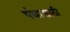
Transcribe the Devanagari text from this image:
पंथासाठी